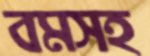
বমসহ